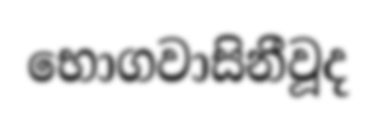
භොගවාසිනීවූද